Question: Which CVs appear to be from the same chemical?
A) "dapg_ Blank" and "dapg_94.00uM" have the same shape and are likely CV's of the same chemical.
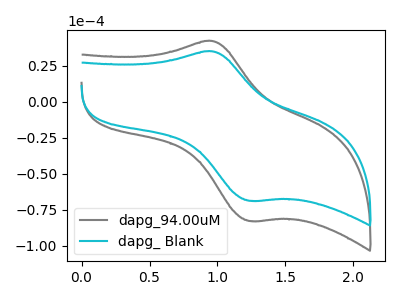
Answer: <think>The gray curve "dapg_94.00uM" has an anodic peak at (0.95V, 42.25uA) and a cathodic peak at (1.25V, -82.70uA). The cyan curve "dapg_ Blank" has an anodic peak at (0.95V, 35.10uA) and a cathodic peak at (1.25V, -68.65uA).
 All the peaks in "dapg_94.00uM" have a peak in "dapg_ Blank" at the same potential. Every peak in "dapg_94.00uM" is higher than every peak in "dapg_ Blank".</think>
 <answer>A) "dapg_ Blank" and "dapg_94.00uM" have the same shape and are likely CV's of the same chemical.</answer>
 <eval>A</eval>